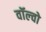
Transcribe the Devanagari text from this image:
वॉल्‍वो